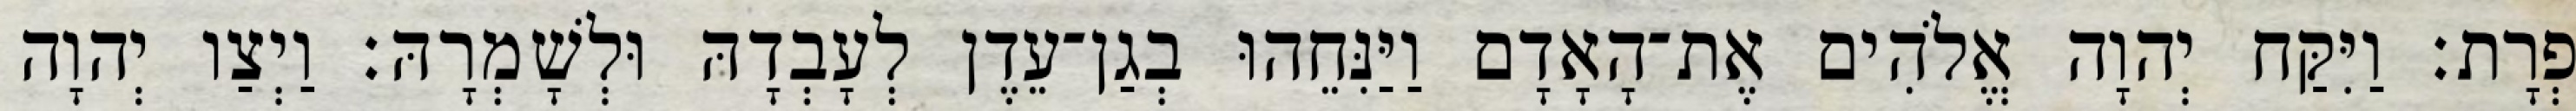
פְרָת׃ וַיִּקַּח יְהוָה אֱלֹהִים אֶת־הָאָדָם וַיַּנִּחֵהוּ בְגַן־עֵדֶן לְעָבְדָהּ וּלְשָׁמְרָהּ׃ וַיְצַו יְהוָה